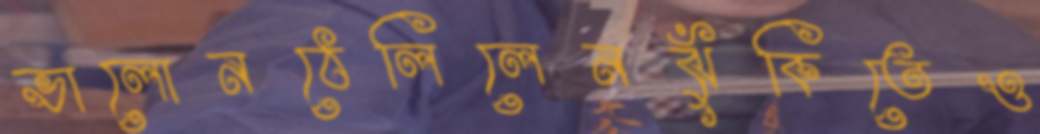
ভালোনঠেলিলেনঝুঁকিতেও